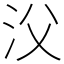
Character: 㳇